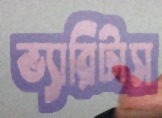
ভ্যারিটাস